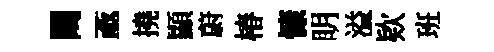
闚亟撓顯蔚椿慷眀溢欵班